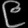
Digit: ၉